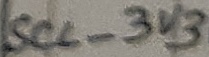
Text: SCL_3V§